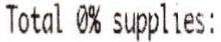
TOTAL 0% SUPPLIES: